Annual vaccination report of Bihar and Orissa - 1911-1928
Year: 1911
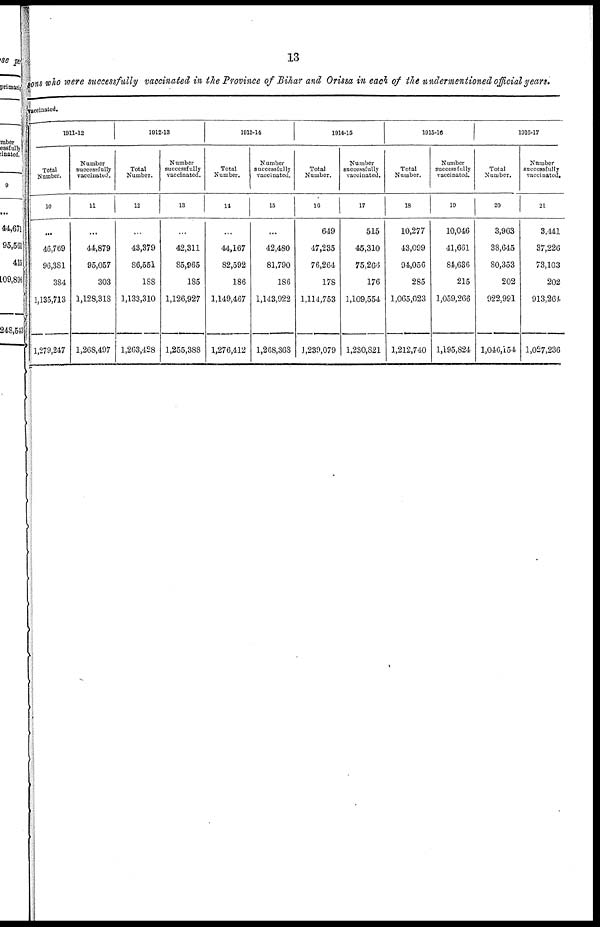
13
sons who were successfully vaccinated in the Province of Bihar and Orissa in each of the undermentioned official years.
vaccinated.
1911-12
Total
Number.
10
...
46,769
96,381
384
1,135,713
1,279,247
Number
successfully
vaccinated.
11
...
44,879
95,057
303
1,128,318
1,268,497
1912-13
Total
Number.
12
...
43,379
86,551
188
1,133,310
1,263,428
Number
successfully
vaccinated.
13
...
42,311
85,965
185
1,126,927
1,255,388
1913-14
Total
Number.
14
...
44,167
82,592
186
1,149,467
1,276,412
Number
successfully
vaccinated.
15
...
42,480
81,790
186
1,143,922
1,268,368
1914-15
Total
Number.
16
649
47,235
76,264
178
1,114,753
1,239,079
Number
successfully
vaccinated.
17
515
45,310
75,266
176
1,109,554
1,230,821
1915-16
Total
Number.
18
10,277
43,099
94,056
285
1,065,023
1,212,740
Number
successfully
vaccinated.
19
10,046
41,661
84,636
215
1,059,266
1,195,824
1916-17
Total
Number.
20
3,963
38,645
80,353
202
922,991
1,040,154
Number
successfully
vaccinated.
21
3,441
37,226
73,103
202
913,264
1,027,236